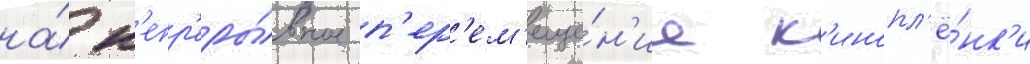
на́ н'епр'еры́вное п'ер'ем'еще́н'ие к'инопл'ё́нк'и